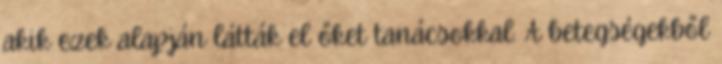
akik ezek alapján látták el őket tanácsokkal. A betegségekből